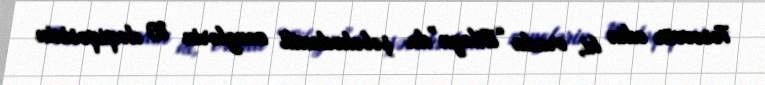
Təsəvvür edin ki, orada “Bilayn”da şəbəkədaxili zənglərin 10 dəqiqəsinin